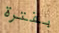
بفترة